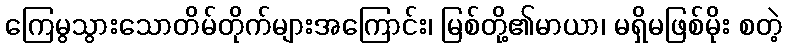
ကြေမွသွားသောတိမ်တိုက်များအကြောင်း၊ မြစ်တို့၏မာယာ၊ မရှိမဖြစ်မိုး စတဲ့